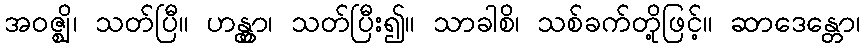
အဝဇ္ဈိ၊ သတ်ပြီ။ ဟန္တွာ၊ သတ်ပြီး၍။ သာခါစိ၊ သစ်ခက်တို့ဖြင့်။ ဆာဒေန္တော၊